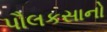
પૌલકસાનો